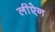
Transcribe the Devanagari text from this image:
लीऐन